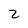
Character: 2